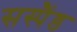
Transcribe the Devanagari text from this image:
सस्पैंड